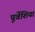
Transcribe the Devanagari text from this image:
पूर्वेशिया